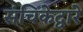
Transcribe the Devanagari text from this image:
संचिकेद्वारे